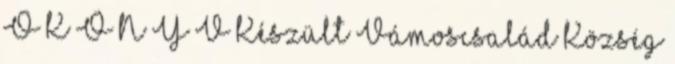
Ő K Ö N Y V Készült Vámoscsalád Község